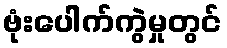
ဗုံးပေါက်ကွဲမှုတွင်